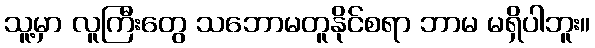
သူ့မှာ လူကြီးတွေ သဘောမတူနိုင်စရာ ဘာမ မရှိပါဘူး။